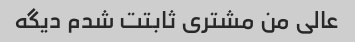
عالی من مشتری ثابتت شدم دیگه